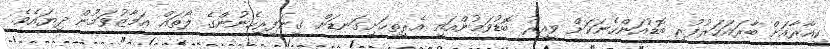
ކިއާރާއަށް ބާރައަހަރުފުރި ބޮޑުއަންހެނަކަށް ވީއިރު ބޮޑުވަމުންއައި އެރީތިހަށިގަނޑަށް ގިނަފިރިހެނުންގެ ލޯތައް އަމާޒުވަމުން ދިޔައެވެ.